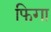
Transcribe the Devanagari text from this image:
फिगा